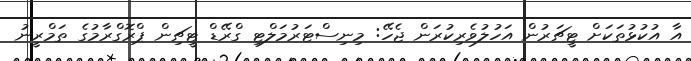
އާ އުކުޅުތަކަށް ޓީޗަރުން އަހުލުވެރިކުރަން ޖެހޭ: މިނިސްޓަރުމަލްޓި ގްރޭޑް ޓީޗިން ޕްރޮގްރާމުގެ ތަމްރީނު